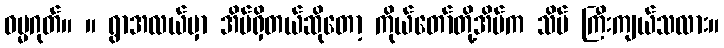
ဓမ္မဂုတ်။ ။ ရွာအလယ်မှာ အိမ်ရှိတယ်ဆိုတော့ ကိုယ်တော်တို့အိမ်က သိပ် ကြီးကျယ်သလား။